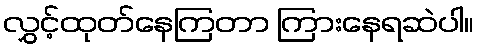
လွှင့်ထုတ်နေကြတာ ကြားနေရဆဲပါ။